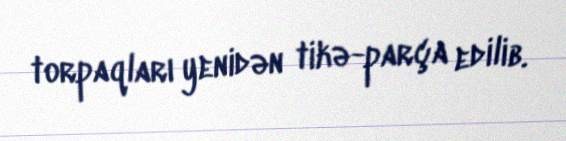
torpaqları yenidən tikə-parça edilib.